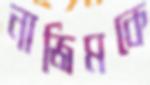
নাজিমকে